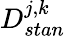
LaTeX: D_{stan}^{j,k}